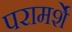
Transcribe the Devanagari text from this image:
परामर्शे